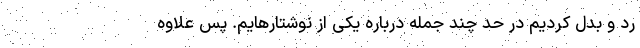
رد و بدل کردیم در حد چند جمله درباره‌ یکی از نوشتارهایم. پس علاوه